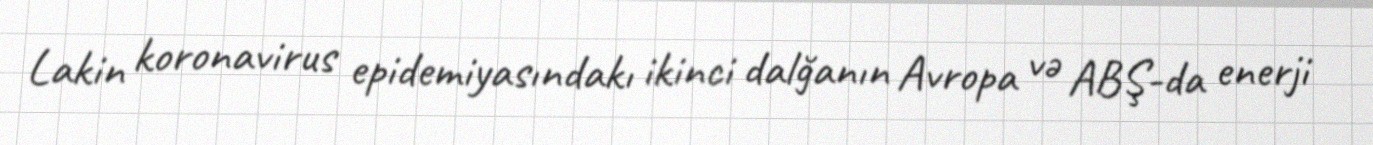
Lakin koronavirus epidemiyasındakı ikinci dalğanın Avropa və ABŞ-da enerji